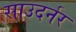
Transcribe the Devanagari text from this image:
साउदर्नर